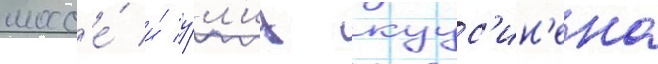
шосс'е́ и́ у́л'иц куус'ин'ена